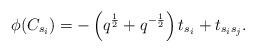
LaTeX: \begin{align*}\phi(C_{s_i})=-\left(q^{\frac{1}{2}}+q^{-\frac{1}{2}}\right)t_{s_i}+t_{s_is_j}.\end{align*}